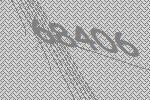
68406